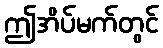
ဤအိပ်မက်တွင်